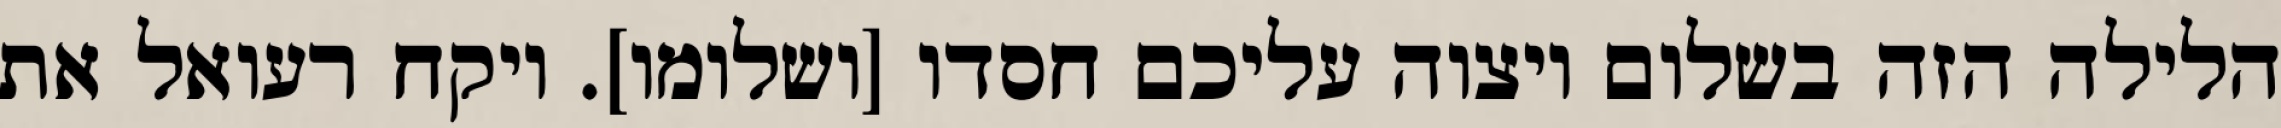
הלילה הזה בשלום ויצוה עליכם חסדו [ושלומו]. ויקח רעואל את